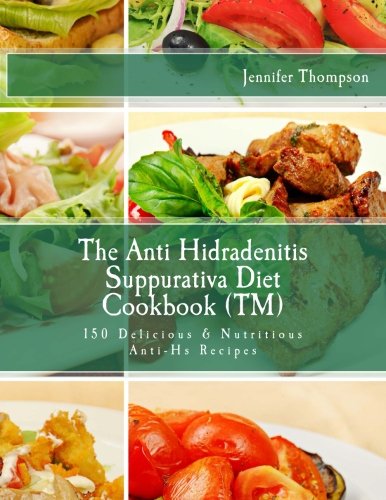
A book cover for The Anti Hidradenitis Suppurativa Diet CookbookTM: 150 Delicious & Nutritious Anti-Hs Recipes; Jennifer Thompson; Health, Fitness & Dieting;